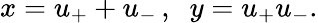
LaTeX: x=u_{+}+u_{-}\, ,\; \; y=u_{+}u_{-}.